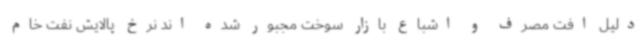
دلیل افت مصرف و اشباع بازار سوخت مجبور شده اند نرخ پالایش نفت خام